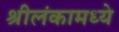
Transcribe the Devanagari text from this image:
श्रीलंकामध्ये